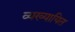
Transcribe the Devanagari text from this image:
व्यख्यायित